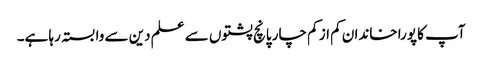
آپ کا پورا خاندان کم از کم چار پانچ پشتوں سے علم دین سے وابستہ رہا ہے۔